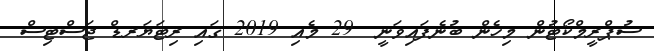
ސުޕްރީމްކޯޓުން މިހެން ބުނެފައިވަނީ  29 މެއި 2019 ގައި ރިޓަޔަރޑް ޖަސްޓިސް